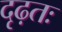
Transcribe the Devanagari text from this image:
दृढ़तः